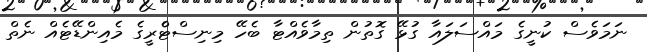
ނަމަވެސް ކުނީގެ މައްސަލައާ ގުޅޭ ގޮތުން ތިމާވެއްޓާ ބެހޭ މިނިސްޓްެރީގެ މެއިންޑޭޓެއް ނެތް